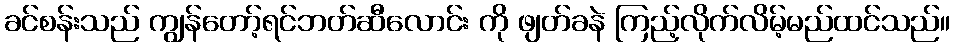
ခင်စန်းသည် ကျွန်တော့်ရင်ဘတ်ဆီလောင်း ကို ဖျတ်ခနဲ ကြည့်လိုက်လိမ့်မည်ထင်သည်။